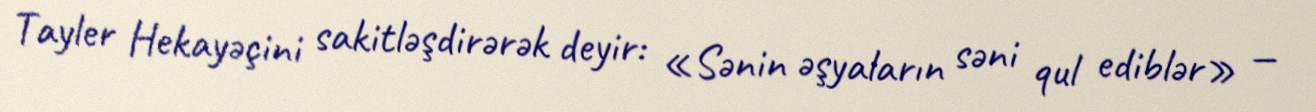
Tayler Hekayəçini sakitləşdirərək deyir: «Sənin əşyaların səni qul ediblər» —